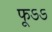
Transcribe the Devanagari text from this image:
फूऽऽ